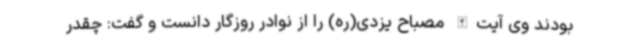
بودند وی آیت‌الله مصباح یزدی(ره) را از نوادر روزگار دانست و گفت: چقدر